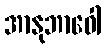
အာနုဘာဝေါ